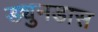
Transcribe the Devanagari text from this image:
ड्युनडास